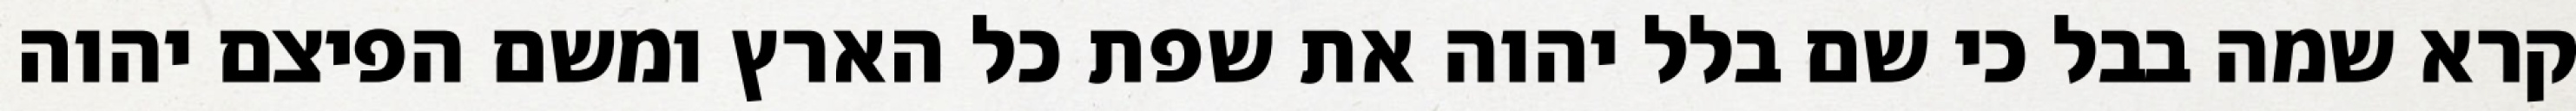
קרא שמה בבל כי שם בלל יהוה את שפת כל הארץ ומשם הפיצם יהוה